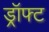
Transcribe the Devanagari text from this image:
ड्रॉफ्ट